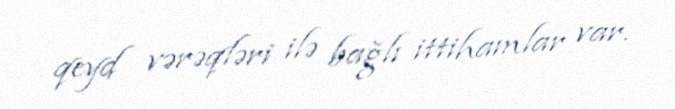
qeyd vərəqləri ilə bağlı ittihamlar var.